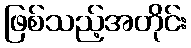
ဖြစ်သည့်အတိုင်း